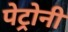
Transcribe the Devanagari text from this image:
पेट्रोनी